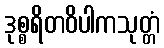
ဒုစ္စရိတဝိပါကသုတ္တံ